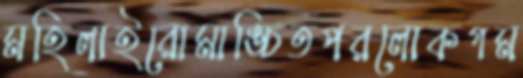
মহিলাইরোমাঙ্চিতপরলোকগম